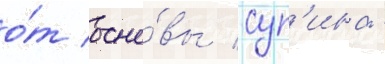
о́т осно́вы суп'ина -